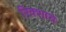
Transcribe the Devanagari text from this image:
रिक्शाचे